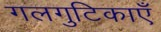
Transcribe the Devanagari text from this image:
गलगुटिकाएँ